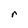
Character: r